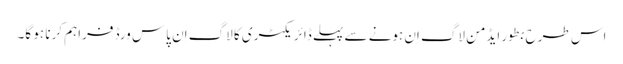
اس طرح بطور ایڈمن لاگ اِن ہونے سے پہلے ڈائریکٹری کا لاگ اِن پاس ورڈ فراہم کرنا ہو گا۔